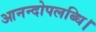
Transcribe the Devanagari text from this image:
आनन्दोपलब्धि।